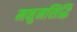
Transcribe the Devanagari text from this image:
मनुमसिद्धि